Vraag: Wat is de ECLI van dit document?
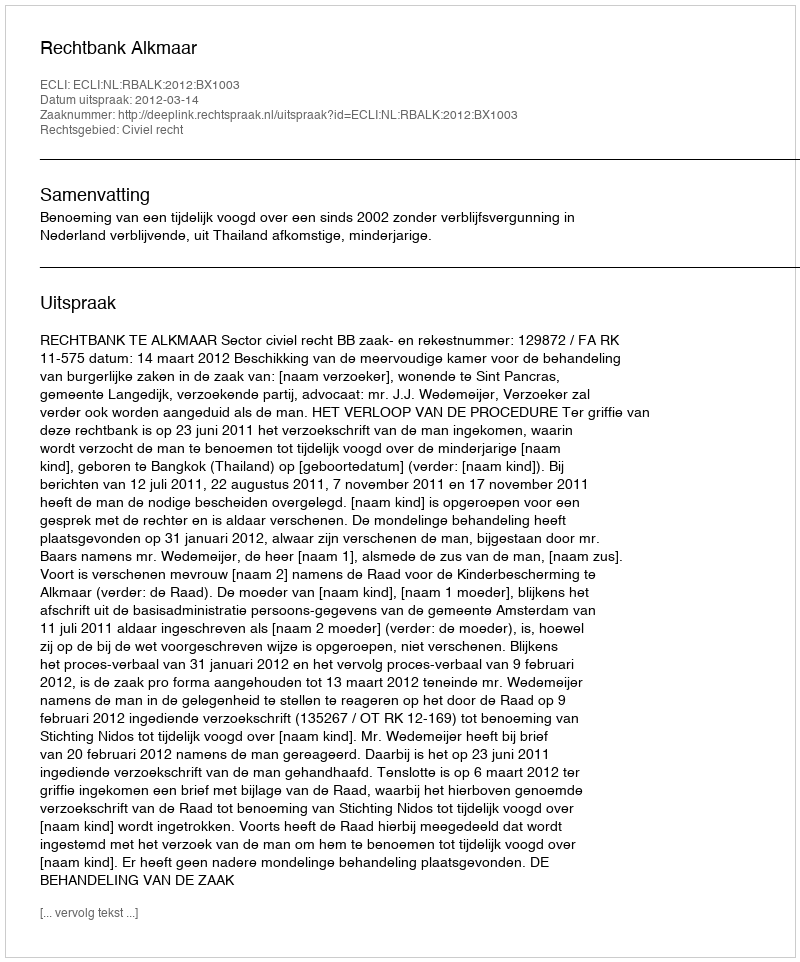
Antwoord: ECLI:NL:RBALK:2012:BX1003